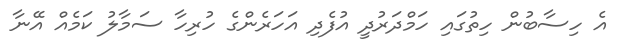
އެ ހިސާބުން ހިތުގައި ހަމްދަރުދީ އުފެދި އަހަރެންގެ ހުރިހާ ސަމާލު ކަމެއް އޭނާ